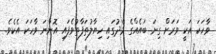
ވާހަކަ އަކީ ވަރަށް ގިނަ ބައެއްގެ މެދުގައި ހިޔާލުތަފާތުވެފައި އޮންނަ ވާހަކަ އެކެވެ.